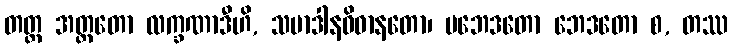
တတ္ထ အတ္ထတော လက္ခဏာဒီဟိ, သမာဒါနဝိဓာနတော၊ ပဘေဒတော ဘေဒတော စ, တဿ